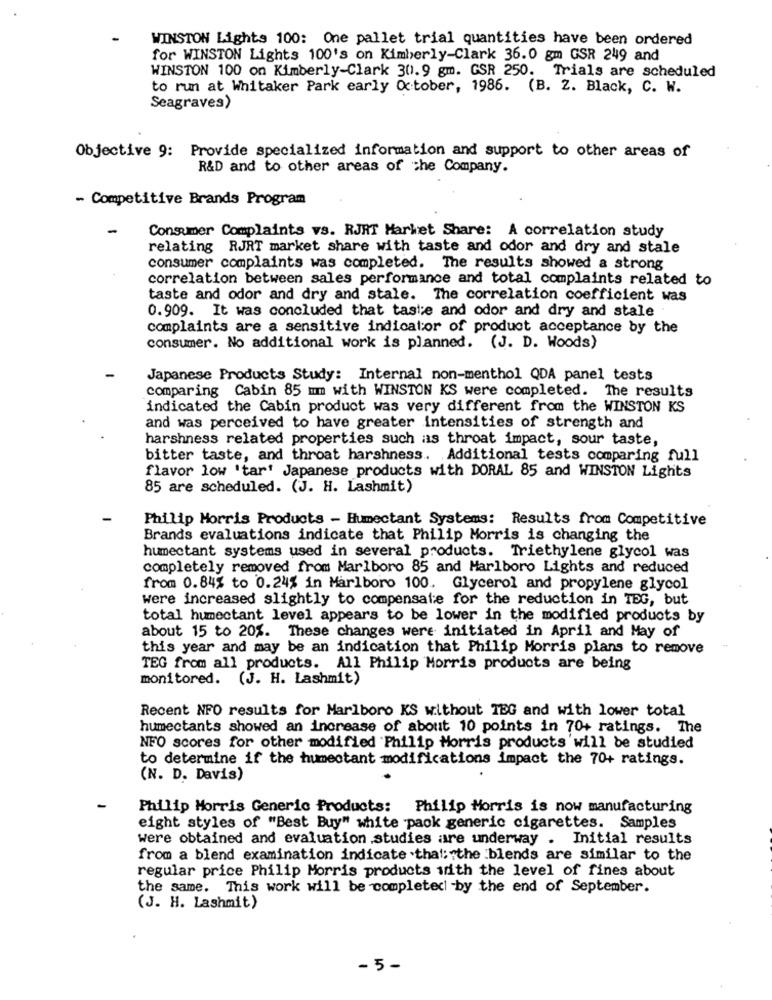
WINSTON Lights 100: One pallet trial quantities have been ordered
for WINSTON Lights 100's on Kimberly-Clark 36.0 gm GSR 249 and
WINSTON 100 on Kimberly-Clark 30.9 gm. GSR 250. Trials are scheduled
to run at Whitaker Park early October, 1986. (B. 2. Black, C. W.
Seagraves)
Objective 9: Provide specialized information and support to other areas of
R&D and to other areas of the Company.
- Competitive Brands Program
-
Consumer Complaints vs. RJRT Market Share: A correlation study
relating RJRT market share with taste and odor and dry and stale
consumer complaints was completed. The results showed a strong
correlation between sales performance and total complaints related to
taste and odor and dry and stale. The correlation coefficient was
0.909. It was concluded that taste and odor and dry and stale
complaints are a sensitive indicator of product acceptance by the
consumer. No additional work is planned. (J. D. Woods)
Japanese Products Study: Internal non-menthol QDA panel tests
comparing Cabin 85 mm with WINSTON KS were completed. The results
indicated the Cabin product was very different from the WINSTON KS
and was perceived to have greater intensities of strength and
harshness related properties such as throat impact, sour taste,
bitter taste, and throat harshness. Additional tests comparing full
flavor low 'tar' Japanese products with DORAL 85 and WINSTON Lights
85 are scheduled. (J. H. Lashmit)
Philip Morris Products - Humectant Systems: Results from Competitive
Brands evaluations indicate that Philip Morris is changing the
humectant systems used in several products. Triethylene glycol was
completely removed from Marlboro 85 and Marlboro Lights and reduced
from 0.84% to 0.24% in Marlboro 100. Glycerol and propylene glycol
were increased slightly to compensate for the reduction in TEG, but
total humectant level appears to be lower in the modified products by
about 15 to 20%. These changes were initiated in April and May of
this year and may be an indication that Philip Morris plans to remove
TEG from all products. All Philip Morris products are being
monitored. (J. H. Lashmit)
Recent NFO results for Marlboro KS without IEG and with lower total
humectants showed an increase of about 10 points in 70+ ratings. The
NFO scores for other modified Philip Morris products'will be studied
to determine if the humectant modifications impact the 70+ ratings.
(N. D. Davis)
Philip Morris Generic Products: Philip Morris is now manufacturing
eight styles of "Best Buy" white paok generic cigarettes. Samples
were obtained and evaluation .studies are underway . Initial results
from a blend examination indicate that: "the blends are similar to the
regular price Philip Morris products with the level of fines about
the same. This work will be completed1 -by the end of September.
(J. H. Lashmit)
- 5-